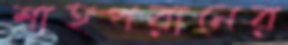
শাহপরানের